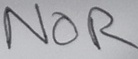
Text: NOR